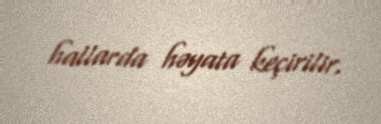
hallarda həyata keçirilir.